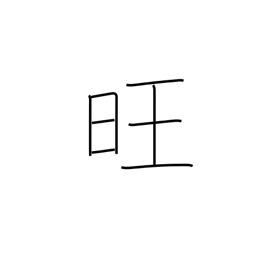
Meaning: vigorous